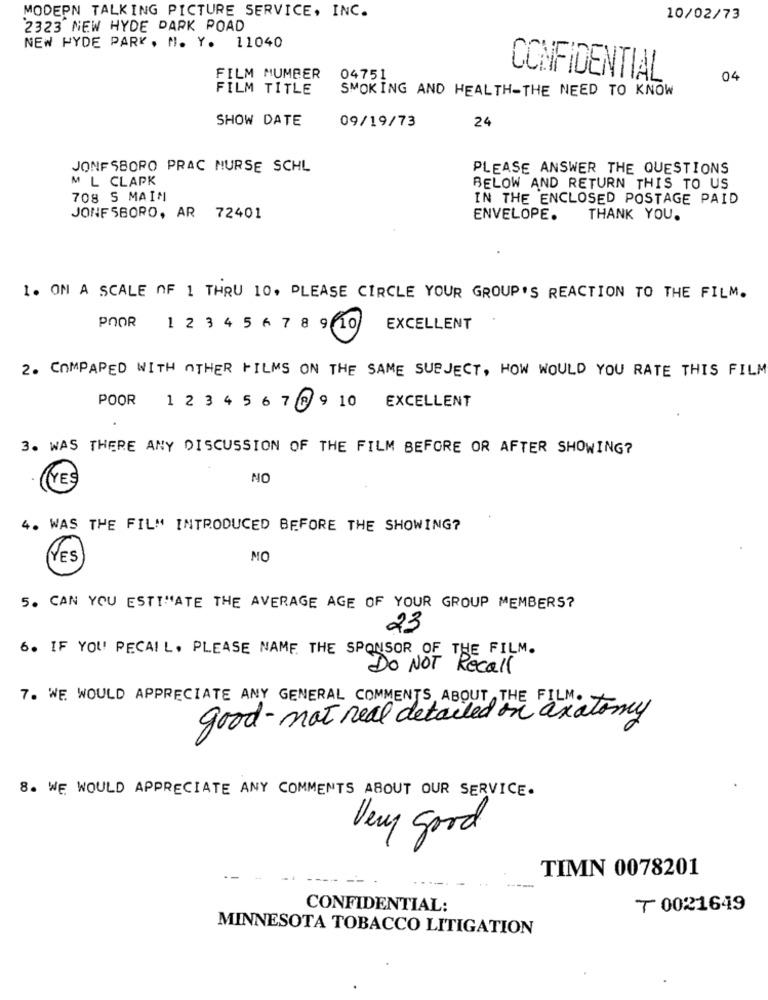
MODERN TALKING PICTURE SERVICE, INC.
10/02/73
2323 NEW HYDE PARK ROAD
NEW HYDE PARK. N. Y. 11040
FILM MUMBER
04751
CONFIDENTIAL
04
FILM TITLE
SMOKING AND HEALTH-THE NEED TO KNOW
SHOW DATE
24
09/19/73
JONESBORO PRAC NURSE SCHL
PLEASE ANSWER THE QUESTIONS
M L CLAPK
BELOW AND RETURN THIS TO US
708 S MAIN
IN THE ENCLOSED POSTAGE PAID
JONESBORO, AR 72401
ENVELOPE.
THANK YOU.
1. ON A SCALE OF 1 THRU 10. PLEASE CIRCLE YOUR GROUP'S REACTION TO THE FILM.
POOR
1 2 3 4 5 6 7 8 9 10
EXCELLENT
2. COMPARED WITH OTHER FILMS ON THE SAME SUBJECT, HOW WOULD YOU RATE THIS FILM
POOR
1 2 3 4 5 6 7 8 9 10 EXCELLENT
3. WAS THERE ANY DISCUSSION OF THE FILM BEFORE OR AFTER SHOWING?
NO
4. WAS THE FILM INTRODUCED BEFORE THE SHOWING?
YES
NO
5. CAN YOU ESTIMATE THE AVERAGE AGE OF YOUR GROUP MEMBERS?
23
6. IF YOU PECAIL. PLEASE NAME THE SPONSOR OF THE FILM.
DO NOT Recall
7. WE WOULD APPRECIATE ANY GENERAL COMMENTS ABOUT THE FILM.
good- not real detailed on anatomy
8. WE WOULD APPRECIATE ANY COMMENTS ABOUT OUR SERVICE.
Very good
TIMN 0078201
CONFIDENTIAL:
₸ 0021649
MINNESOTA TOBACCO LITIGATION